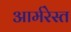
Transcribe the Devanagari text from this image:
आर्मरेस्त